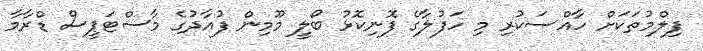
ފިލްމުތަކަށް ހާއްސަކުރި މި ހަފުލާގެ ފޮނިކޮޅު ބޯލީ މޫމިން ފުއާދުގެ މާސްޓަޕީސް ޑްރާމާ